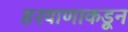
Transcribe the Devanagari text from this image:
हरयाणाकडून